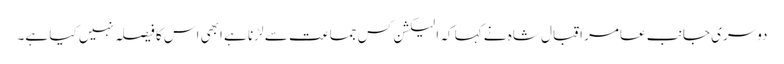
دوسری جانب عامر اقبال شاہ نے کہا کہ الیکشن کس جماعت سے لڑنا ہے ابھی اس کا فیصلہ نہیں کیا ہے۔